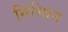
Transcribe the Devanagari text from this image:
निम्बिन